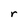
Character: r